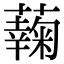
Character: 䕮